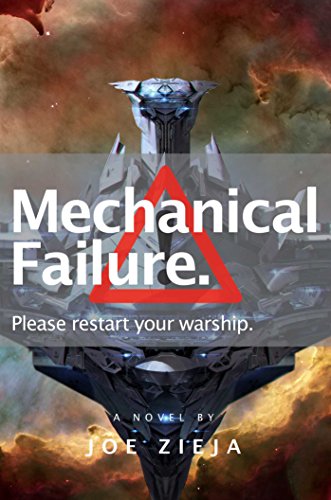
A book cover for Mechanical Failure; Joe Zieja; Romance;